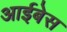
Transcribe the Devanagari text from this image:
आईबेस